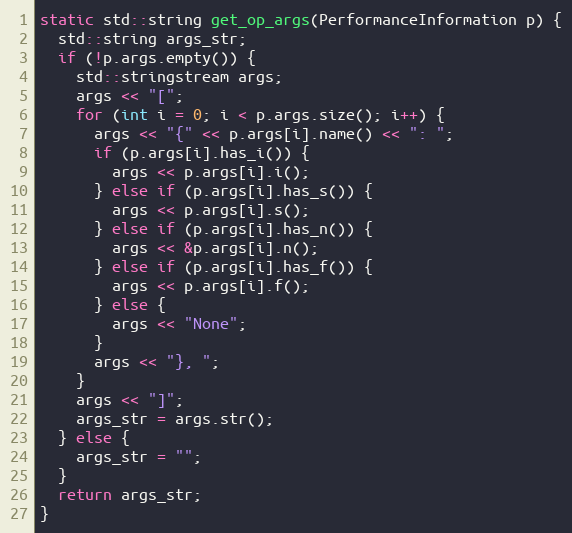
Language: C++
static std::string get_op_args(PerformanceInformation p) {
  std::string args_str;
  if (!p.args.empty()) {
    std::stringstream args;
    args << "[";
    for (int i = 0; i < p.args.size(); i++) {
      args << "{" << p.args[i].name() << ": ";
      if (p.args[i].has_i()) {
        args << p.args[i].i();
      } else if (p.args[i].has_s()) {
        args << p.args[i].s();
      } else if (p.args[i].has_n()) {
        args << &p.args[i].n();
      } else if (p.args[i].has_f()) {
        args << p.args[i].f();
      } else {
        args << "None";
      }
      args << "}, ";
    }
    args << "]";
    args_str = args.str();
  } else {
    args_str = "";
  }
  return args_str;
}